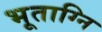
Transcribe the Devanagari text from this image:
भूताग्नि